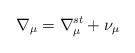
LaTeX: \begin{align*}\nabla _{\mu }=\nabla _{\mu }^{st}+\nu _{\mu }\end{align*}